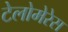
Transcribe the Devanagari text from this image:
टेलोमेरेस